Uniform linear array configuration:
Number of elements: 8
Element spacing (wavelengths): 0.5
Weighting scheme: exponential
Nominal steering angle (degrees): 30
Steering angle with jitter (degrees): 30.538
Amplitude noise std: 0.05
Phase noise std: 0.05

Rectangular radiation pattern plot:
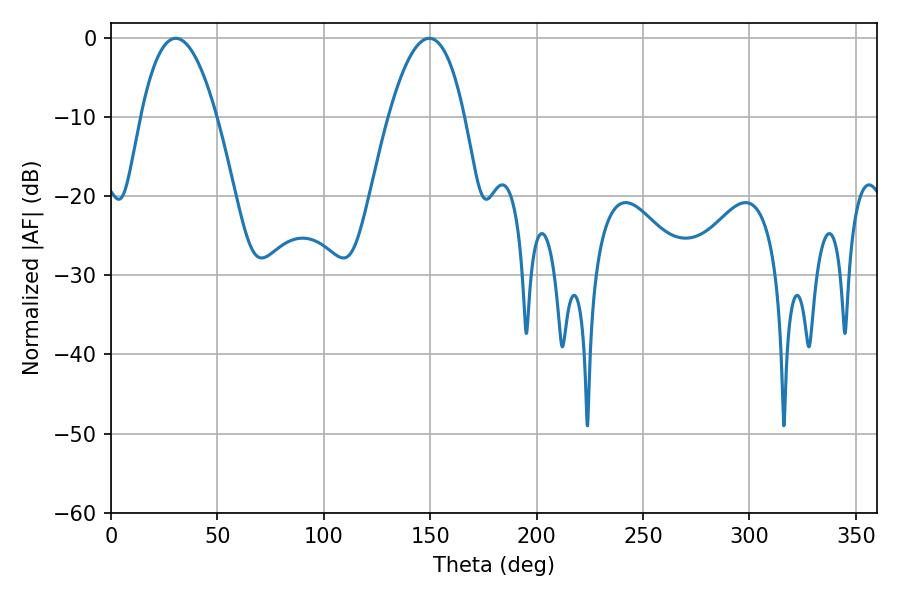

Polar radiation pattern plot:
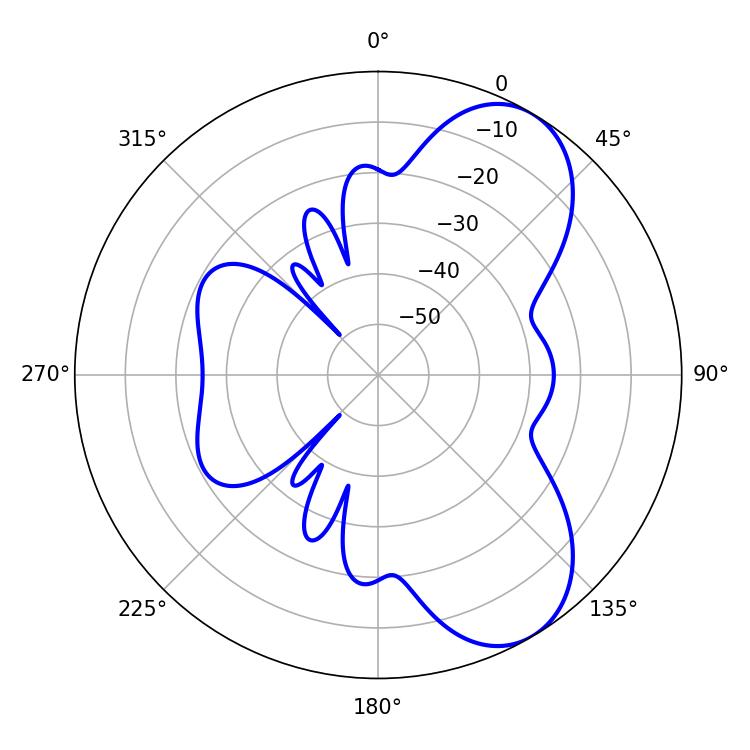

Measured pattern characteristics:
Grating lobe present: FALSE
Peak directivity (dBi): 7.285
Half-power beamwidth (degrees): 19.62
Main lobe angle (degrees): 30.42